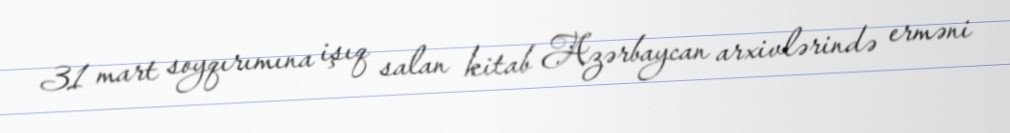
31 mart soyqırımına işıq salan kitab Azərbaycan arxivlərində erməni